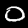
Label: 0